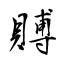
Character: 賻